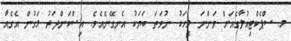
މ. ސްޕެކްޓިއުލާގެއަށް ވަންނަ މީހަކު ނުވަތަ ބަޔަކު އެނގޭނެއެވެ. އިސްކަންދަރު މަގުން އެގެއާ